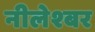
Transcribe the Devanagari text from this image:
नीलेश्बर